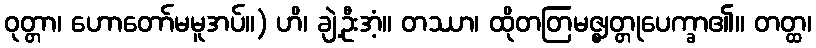
ဝုတ္တာ၊ ဟောတော်မမူအပ်။) ဟိ၊ ချဲ့ဦးအံ့။ တဿာ၊ ထိုတတြမဇ္ဈတ္တုပေက္ခာ၏။ တတ္ထ၊